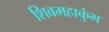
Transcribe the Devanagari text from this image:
शिवमहाकुंभ